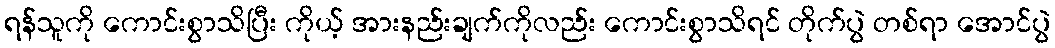
ရန်သူကို ကောင်းစွာသိပြီး ကိုယ့် အားနည်းချက်ကိုလည်း ကောင်းစွာသိရင် တိုက်ပွဲ တစ်ရာ အောင်ပွဲ